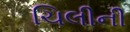
ચિલીની